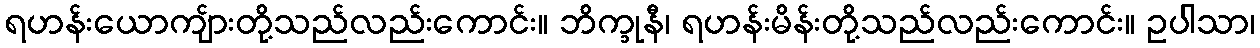
ရဟန်းယောကျ်ားတို့သည်လည်းကောင်း။ ဘိက္ခုနီ၊ ရဟန်းမိန်းတို့သည်လည်းကောင်း။ ဥပါသာ၊